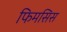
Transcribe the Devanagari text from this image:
फिमसिस